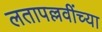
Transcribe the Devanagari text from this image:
लतापल्लवींच्या